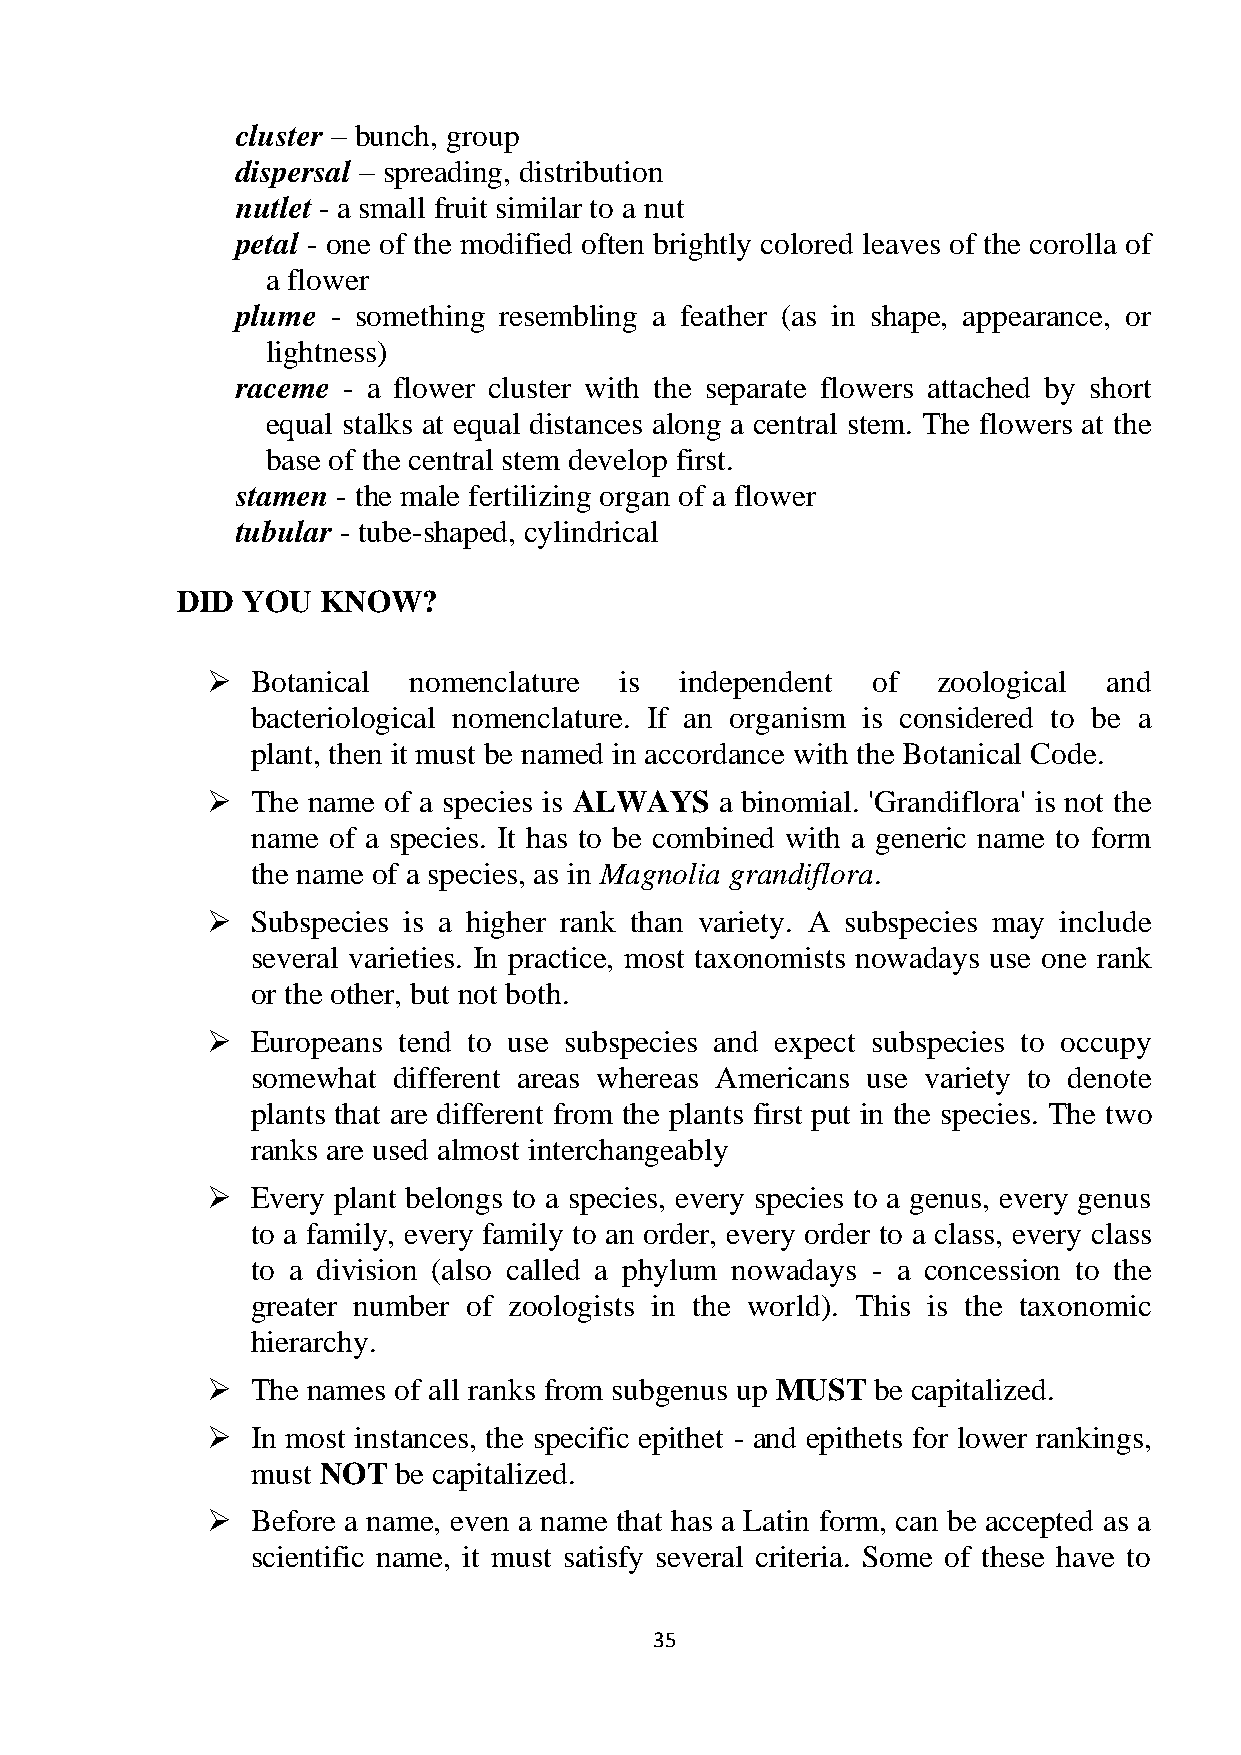
cluster – bunch, group
 dispersal – spreading, distribution
 nutlet - a small fruit similar to a nut
 petal - one of the modified often brightly colored leaves of the corolla of
 a flower
 plume - something resembling a feather (as in shape, appearance, or
 lightness)
 raceme - a flower cluster with the separate flowers attached by short
 equal stalks at equal distances along a central stem. The flowers at the
 base of the central stem develop first.
 stamen - the male fertilizing organ of a flower
 tubular - tube-shaped, cylindrical
 DID YOU  KNOW?
   Botanical nomenclature  is  independent  of  zoological and
 bacteriological nomenclature. If an organism is considered to be a
 plant, then it must be named in accordance with the Botanical Code.
   The name of a species is ALWAYS a binomial. 'Grandiflora' is not the
 name of a species. It has to be combined with a generic name to form
 the name of a species, as in Magnolia grandiflora.
   Subspecies is a higher rank than variety. A subspecies may include
 several varieties. In practice, most taxonomists nowadays use one rank
 or the other, but not both.
   Europeans tend to use subspecies and expect subspecies to occupy
 somewhat different areas whereas Americans use variety to denote
 plants that are different from the plants first put in the species. The two
 ranks are used almost interchangeably
   Every plant belongs to a species, every species to a genus, every genus
 to a family, every family to an order, every order to a class, every class
 to a division (also called a phylum nowadays - a concession to the
 greater number of zoologists in the world). This is the taxonomic
 hierarchy.
   The names of all ranks from subgenus up MUST be capitalized.
   In most instances, the specific epithet - and epithets for lower rankings,
 must NOT be capitalized.
   Before a name, even a name that has a Latin form, can be accepted as a
 scientific name, it must satisfy several criteria. Some of these have to
 35